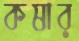
কষার